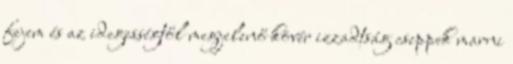
fejem és az idegességtől megjelenő kövér izzadtság cseppek marni